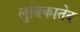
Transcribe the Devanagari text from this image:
लुब्रिकातेद